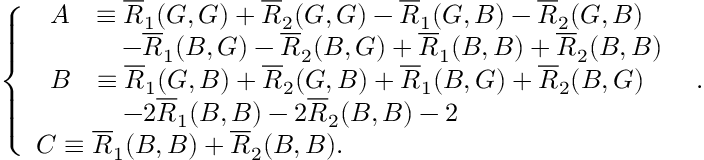
\left\{ \begin{array} { l l } { \begin{array} { r l } { A } & { \equiv \overline { { R } } _ { 1 } ( G , G ) + \overline { { R } } _ { 2 } ( G , G ) - \overline { { R } } _ { 1 } ( G , B ) - \overline { { R } } _ { 2 } ( G , B ) } \\ & { \quad - \overline { { R } } _ { 1 } ( B , G ) - \overline { { R } } _ { 2 } ( B , G ) + \overline { { R } } _ { 1 } ( B , B ) + \overline { { R } } _ { 2 } ( B , B ) } \end{array} } \\ { \begin{array} { r l } { B } & { \equiv \overline { { R } } _ { 1 } ( G , B ) + \overline { { R } } _ { 2 } ( G , B ) + \overline { { R } } _ { 1 } ( B , G ) + \overline { { R } } _ { 2 } ( B , G ) } \\ & { \quad - 2 \overline { { R } } _ { 1 } ( B , B ) - 2 \overline { { R } } _ { 2 } ( B , B ) - 2 } \end{array} } \\ { C \equiv \overline { { R } } _ { 1 } ( B , B ) + \overline { { R } } _ { 2 } ( B , B ) . } \end{array} \right. .